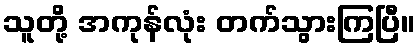
သူတို့ အကုန်လုံး တက်သွားကြပြီ။